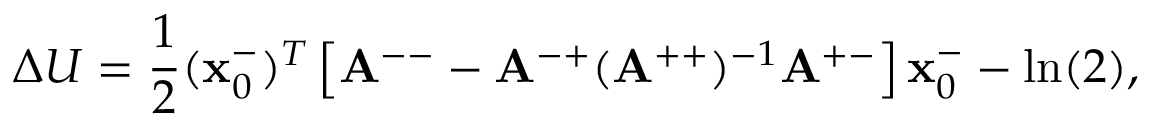
\Delta U = \frac { 1 } { 2 } ( \mathbf { x } _ { 0 } ^ { - } ) ^ { T } \left[ \mathbf { A } ^ { -- } - \mathbf { A } ^ { - + } ( \mathbf { A } ^ { + + } ) ^ { - 1 } \mathbf { A } ^ { + - } \right] \mathbf { x } _ { 0 } ^ { - } - \ln ( 2 ) ,